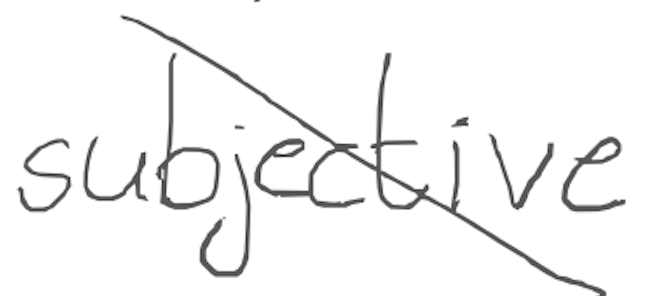
Text: subjective
Cross-out: diagonal
Writing tool: digital_gray